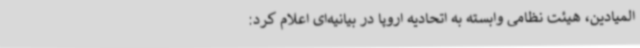
المیادین، هیئت نظامی وابسته به اتحادیه اروپا در بیانیه‌ای اعلام کرد: